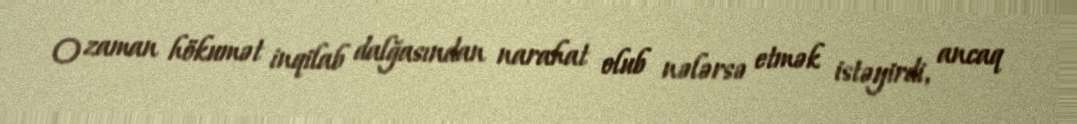
O zaman hökumət inqilab dalğasından narahat olub nələrsə etmək istəyirdi, ancaq